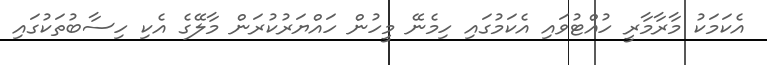
އެކަމަކު މާރާމާރީ ހުއްޓުވައި އެކަމުގައި ހިމެނޭ މީހުން ހައްޔަރުކުރަން މާލޭގެ އެކި ހިސާބުތަކުގައި